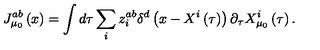
J _ { \mu _ { 0 } } ^ { a b } \left( x \right) = \int d \tau \sum _ { i } z _ { i } ^ { a b } \delta ^ { d } \left( x - X ^ { i } \left( \tau \right) \right) \partial _ { \tau } X _ { \mu _ { 0 } } ^ { i } \left( \tau \right) .